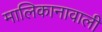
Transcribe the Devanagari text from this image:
मालिकानावाली